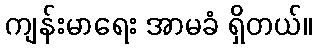
ကျန်းမာရေး အာမခံ ရှိတယ်။